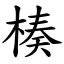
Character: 楱